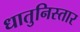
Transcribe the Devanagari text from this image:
धातुनिस्तार